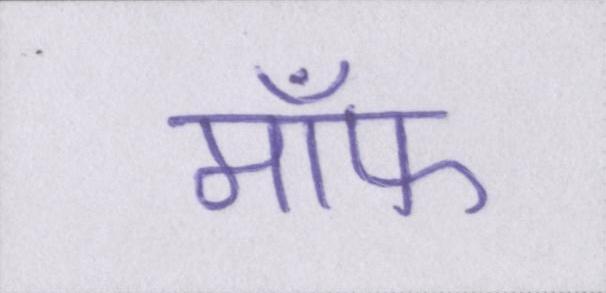
मॉफ